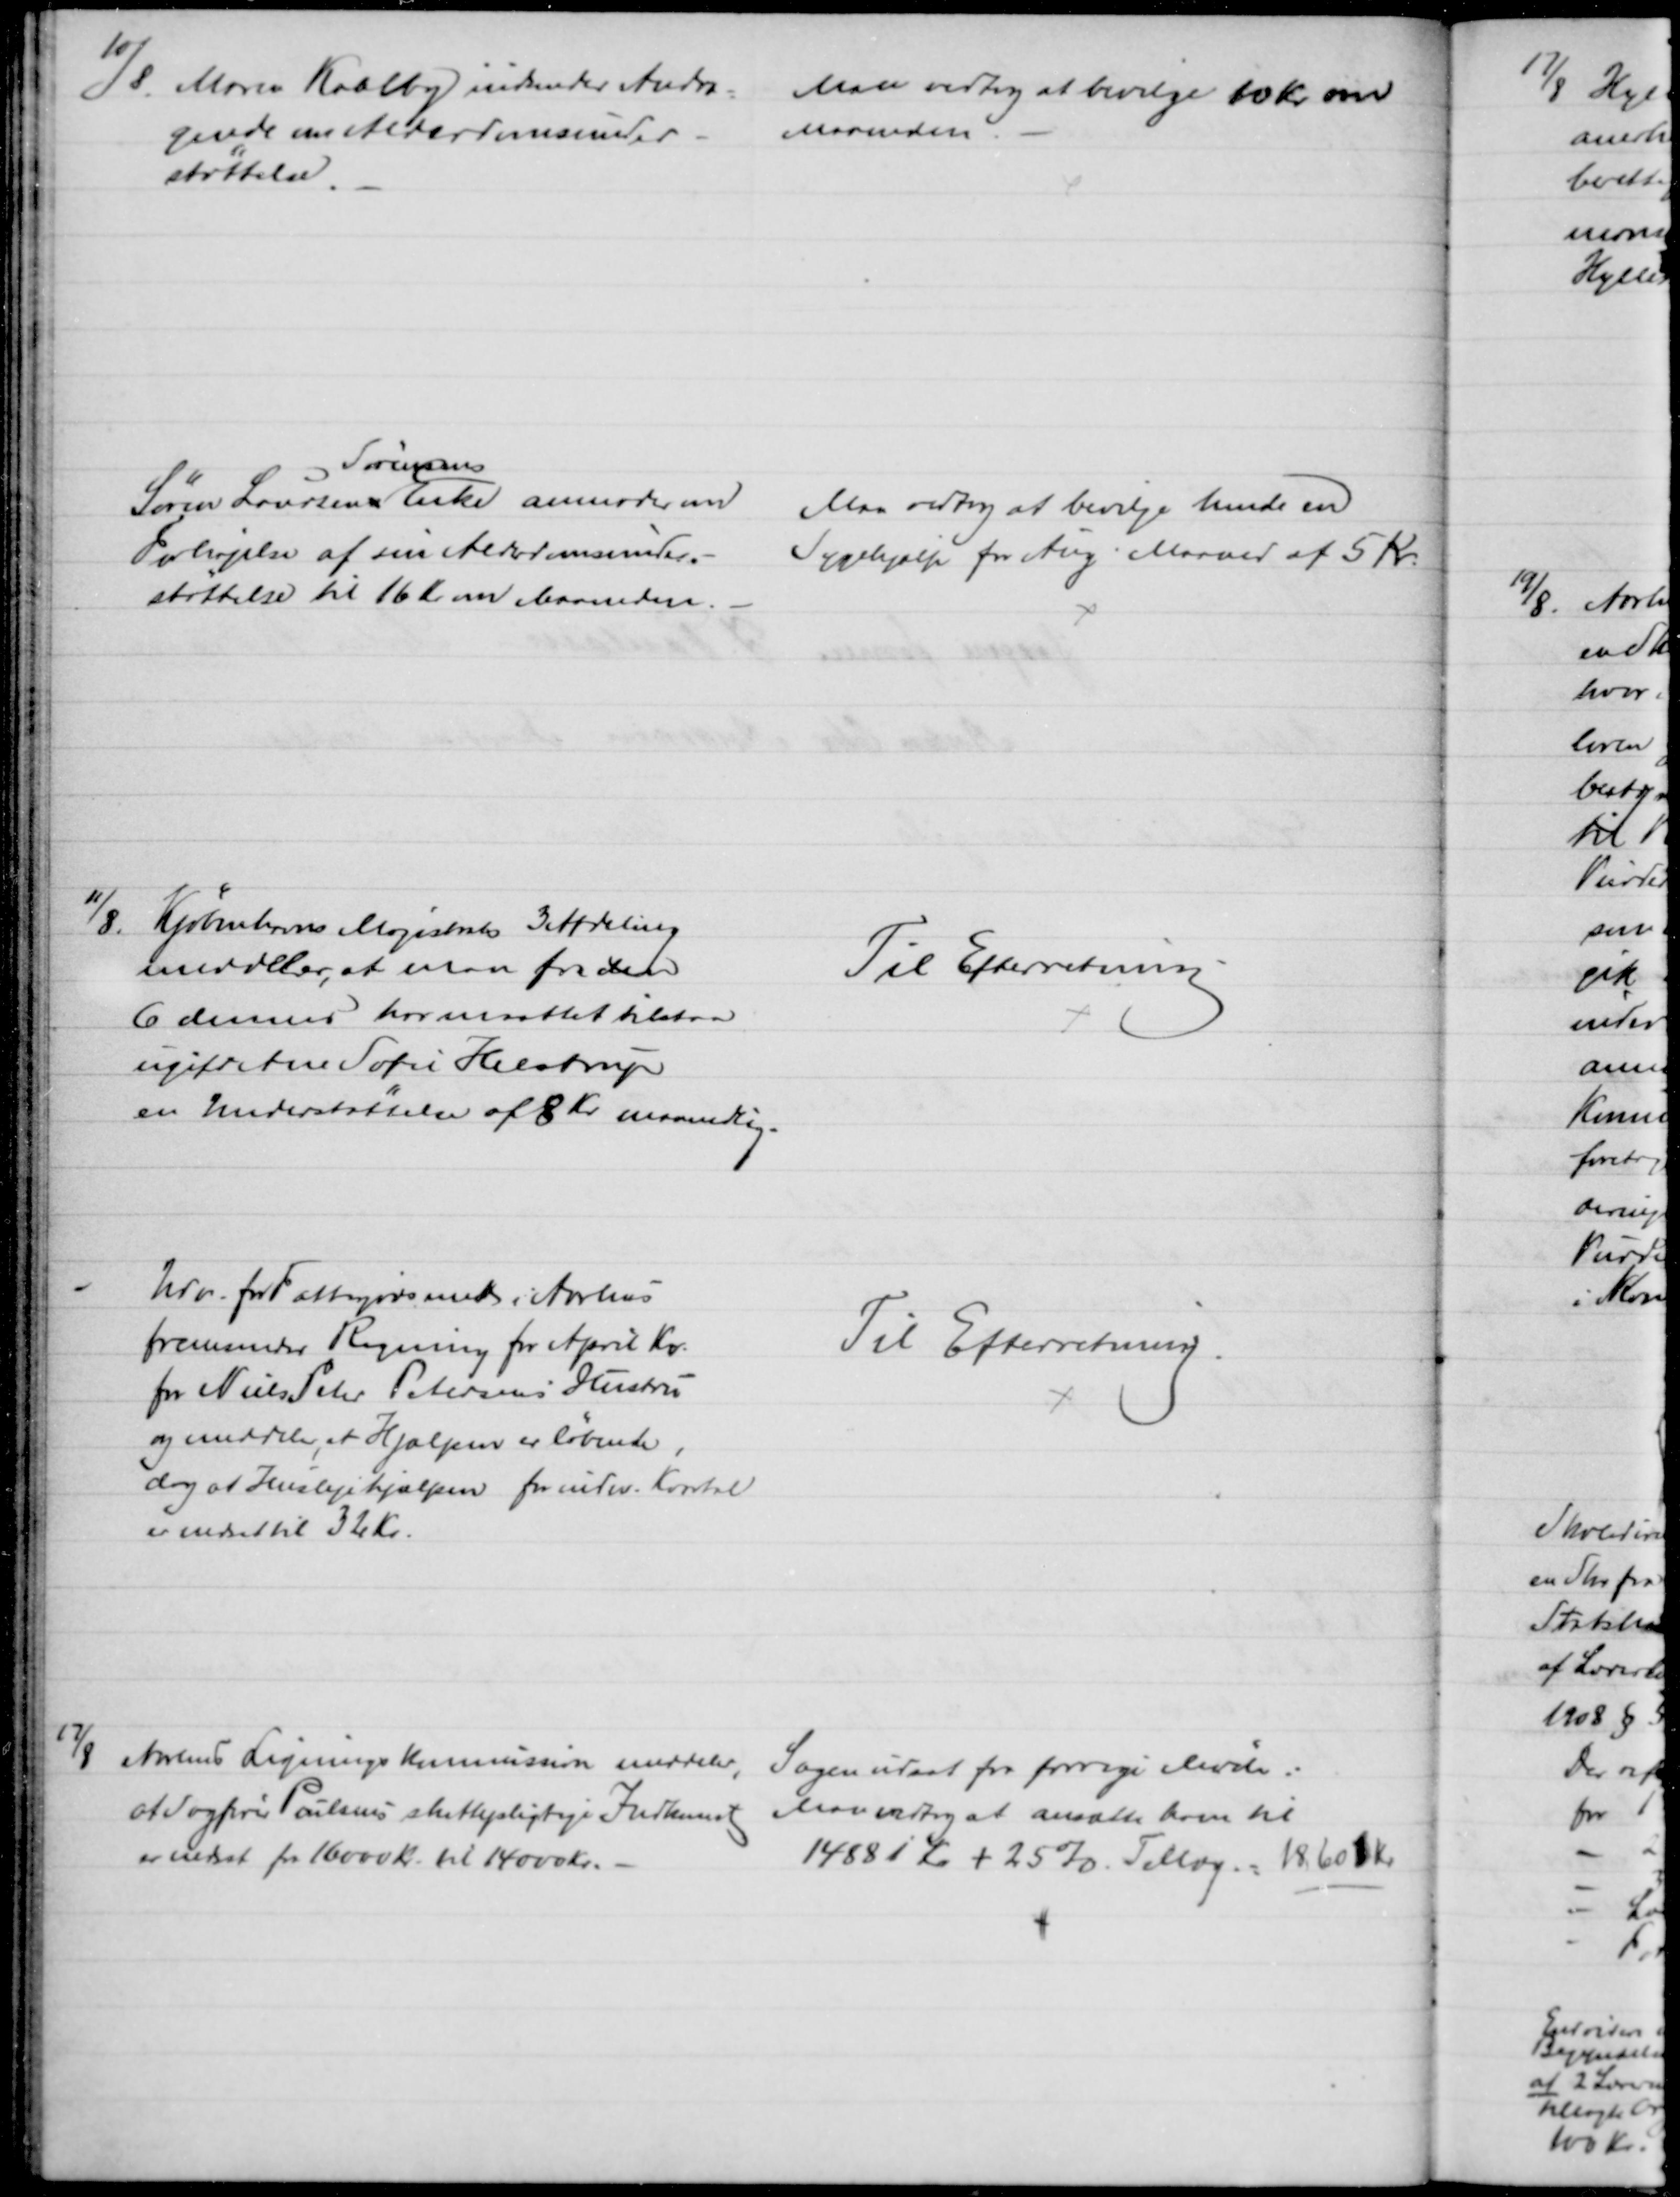
Transskription:
10/8. Maren Kaalby indsender Andra=
gende om Alderdomsunder-
støttelse.
Man vedtog at bevilge 10 Kr om
Maaneden.
Søren Laursen
Sørensens
Enke anmoder om
Forhøjelse af sin Alderdomsunder-
støttelse til 16 Kr om Maaneden.
Man vedtog at bevilge hende en
Sygehjælp for Aug. Maaned af 5 Kr.
11/8.
Kjøbenhavns Magistrats 3 Afdeling
meddeler, at man fra den
6 dennes har maattet tilstaa
ugift Ane Sofie Helstrup
en Understøttelse af 8 Kr maanedlig.
Til Efterretning
Udv. for Fattigvæsenet i Aarhus
fremsender Regning for April Kv.
for Niels Peter Petersens Hustru
og meddeler, at Hjælpen er løbende,
dog at Huslejehjælpen for indev. Kvartal
er nedset til 32 Kr.
Til Efterretning.
17/8
Aarhus Ligningskommission meddeler,
at Sagfører Poulsens skattepligtige Indkomst 
er nedsat fra 16000 Kr. til 14000 Kr.
Sagen udsat for forrige Møde:
Man vedtog at ansætte ham til 
14881 Kr + 25% Tillæg - 18601 Kr.